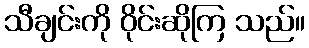
သီချင်းကို ဝိုင်းဆိုကြ သည်။